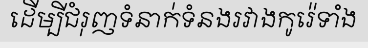
ដើម្បីជំរុញទំនាក់ទំនងរវាងកូរ៉េទាំង